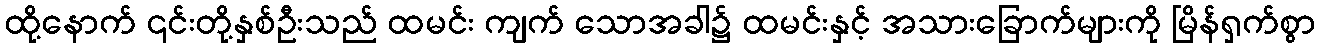
ထို့နောက် ၎င်းတို့နှစ်ဦးသည် ထမင်း ကျက် သောအခါ၌ ထမင်းနှင့် အသားခြောက်များကို မြိန်ရှက်စွာ